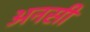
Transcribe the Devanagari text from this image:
अनसी